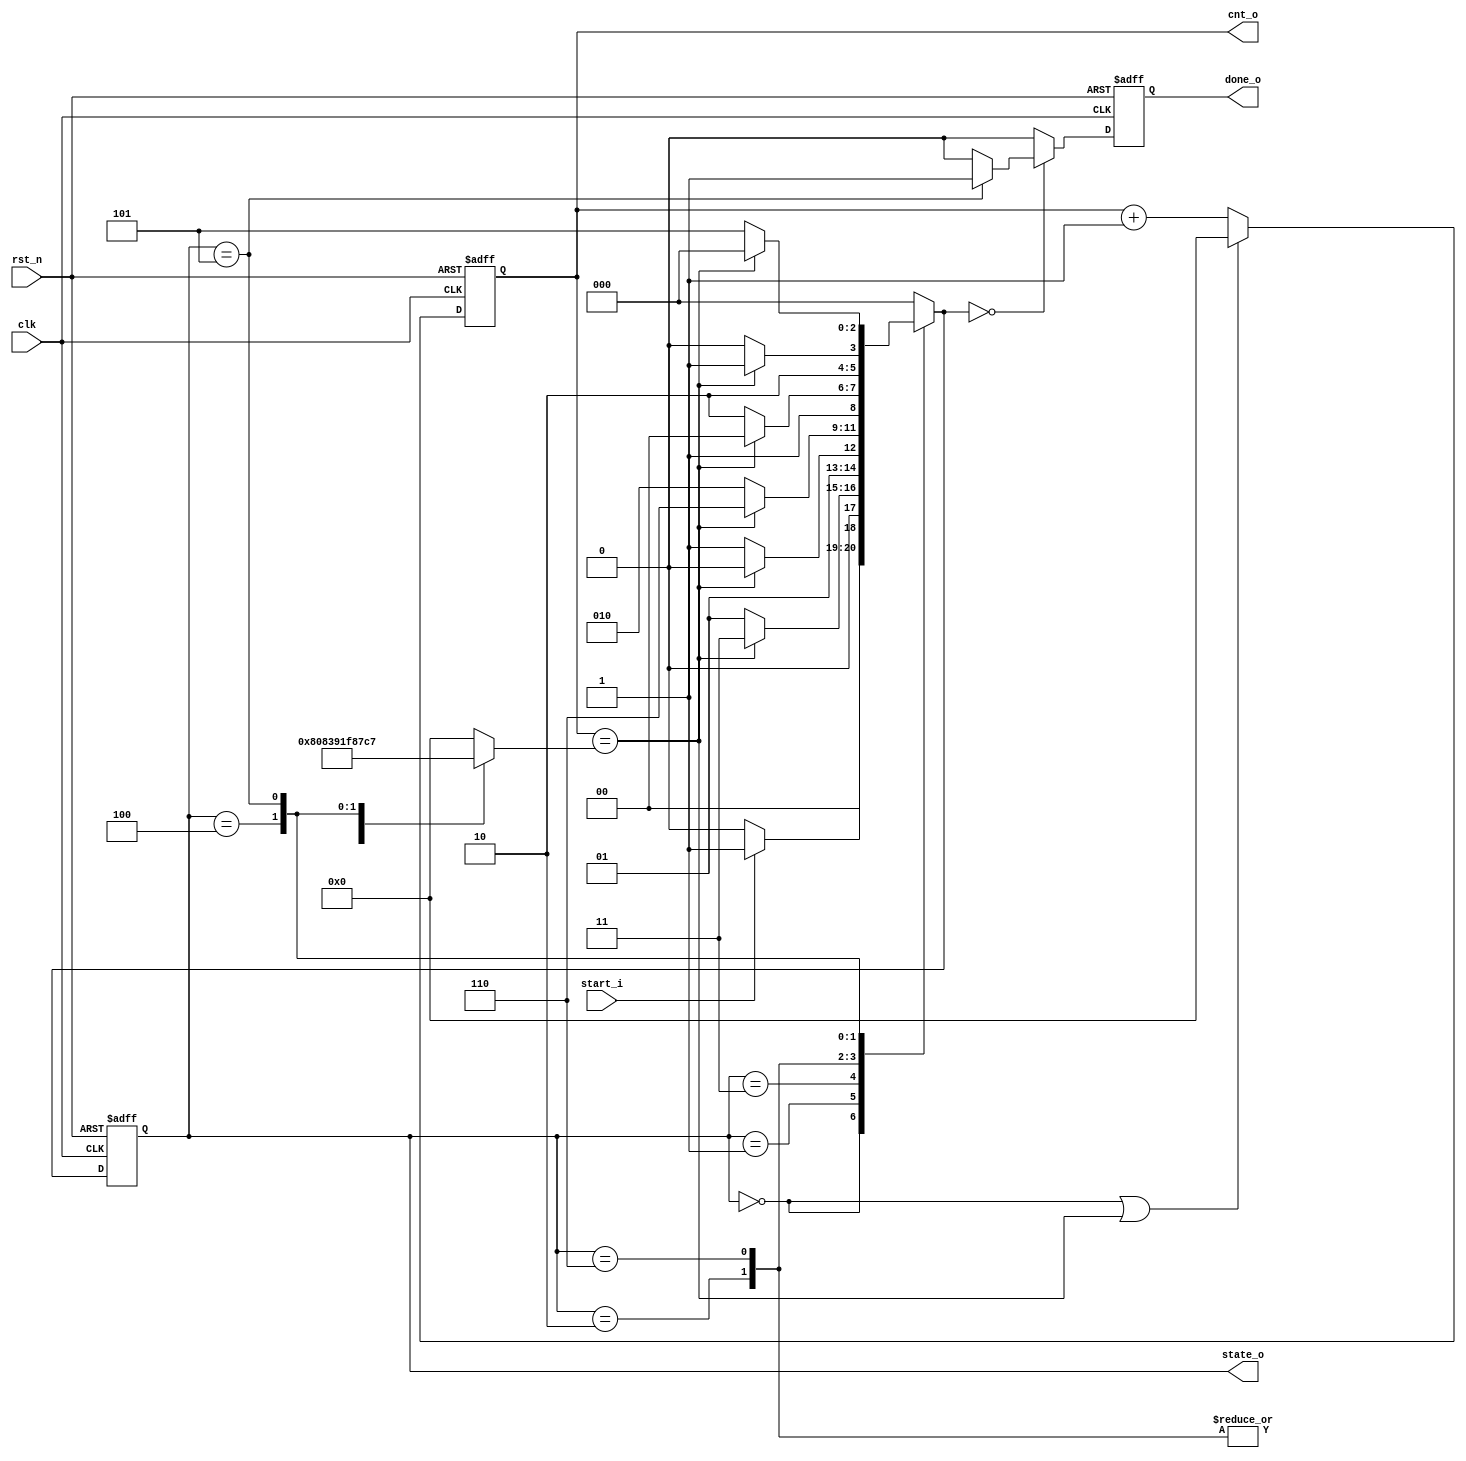

//-------------------------------------------------------------------
//                                                                 
//  COPYRIGHT (C) 2011, VIPcore Group, Fudan University
//                                                                  
//  THIS FILE MAY NOT BE MODIFIED OR REDISTRIBUTED WITHOUT THE      
//  EXPRESSED WRITTEN CONSENT OF VIPcore Group
//                                                                  
//  VIPcore       : http://soc.fudan.edu.cn/vip    
//  IP Owner      : Yibo FAN
//  Contact       : fanyibo@fudan.edu.cn             
//-------------------------------------------------------------------
// Creatu_ved     : 
// Description    :         
//------------------------------------------------------------------------------------------------

module dbsao_controller(
            clk                 ,
            rst_n               ,
            start_i             ,

            done_o              ,
            cnt_o               ,
            state_o             
);

//***************************************************
//
//      Input / Output Declaration 
//
//****************************************************/

input                   clk, rst_n      ;
input                   start_i         ;

output  reg             done_o          ; // db and sao statistics finished 
output  reg     [8:0]   cnt_o           ; // 
output  reg     [2:0]   state_o         ; // state machine
// output  reg          y_done_o        ; // dbf luma finished
// output  reg          u_done_o        ; // dbf chroma-u finished
// output  reg          v_done_o        ; // dbf chroma-v finished

//***************************************************
// 
//          Parameter Declaration 
//
//****************************************************
parameter IDLE = 3'b000, LOAD = 3'b001, DBY = 3'b011, DBU = 3'b010, DBV = 3'b110, SAO = 3'b100, OUT = 3'b101;

reg         [2:0]               next_state      ;
reg         [8:0]               cycles          ;

always @(*) begin 
    case ( state_o )
        LOAD    : cycles    = 9'd128     ;
        DBY     : cycles    = 9'd263     ;
        DBU     : cycles    = 9'd71      ;
        DBV     : cycles    = 9'd71      ;
        SAO     : cycles    = 9'd451     ;
        OUT     : cycles    = 9'd455     ;
        default : cycles    = 9'd0       ;
    endcase 
end

always @ ( posedge clk or negedge rst_n ) begin 
    if ( !rst_n ) 
        cnt_o       <= 9'd0         ;
    else if ( (state_o==IDLE) || (cnt_o == cycles ))
        cnt_o       <= 9'd0         ;
    else 
        cnt_o       <= cnt_o + 1'b1 ;
end 

always @ ( posedge clk or negedge rst_n ) begin 
    if ( !rst_n )
        state_o         <= IDLE                 ;
    else 
        state_o         <= next_state           ;
end 

always @ ( * ) begin 
    case ( state_o )
        IDLE : begin 
            if ( start_i )
                next_state      = LOAD     ;
            else 
                next_state      = IDLE     ;
            end
        LOAD : begin 
            if ( cnt_o == cycles )
                next_state      = DBY      ;
            else 
                next_state      = LOAD     ;
            end 
        DBY : begin 
            if ( cnt_o == cycles )
                next_state      = DBU      ;
            else 
                next_state      = DBY      ;
            end  
        DBU : begin 
            if ( cnt_o == cycles )
                next_state      = DBV      ;
            else 
                next_state      = DBU      ;
            end 
        DBV : begin 
            if ( cnt_o == cycles )
                next_state      = SAO      ;
            else 
                next_state      = DBV      ;
            end 
        SAO : begin 
            if ( cnt_o == cycles )
                next_state      = OUT     ;
            else 
                next_state      = SAO      ;
            end
        OUT : begin 
            if ( cnt_o == cycles )
                next_state      = IDLE     ;
            else 
                next_state      = OUT      ;
            end
        default : next_state      = IDLE   ;
    endcase 
end 

wire    done_w;
assign done_w = ( state_o == OUT ) ? 1'b1:1'b0 ;
always @ ( posedge clk or negedge rst_n ) begin 
    if ( !rst_n )
        done_o      <= 1'b0                 ;
    else if ( next_state == IDLE )
        done_o      <= done_w               ;
    else 
        done_o      <= 1'b0                 ;
end 

// assign y_done_o = (state_o == DBY) && (cnt_o == cycles);
// assign u_done_o = (state_o == DBU) && (cnt_o == cycles);
// assign v_done_o = (state_o == DBV) && (cnt_o == cycles);

endmodule